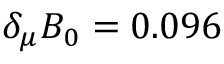
\delta _ { \mu } B _ { 0 } = 0 . 0 9 6